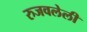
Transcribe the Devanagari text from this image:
रुजवलेली